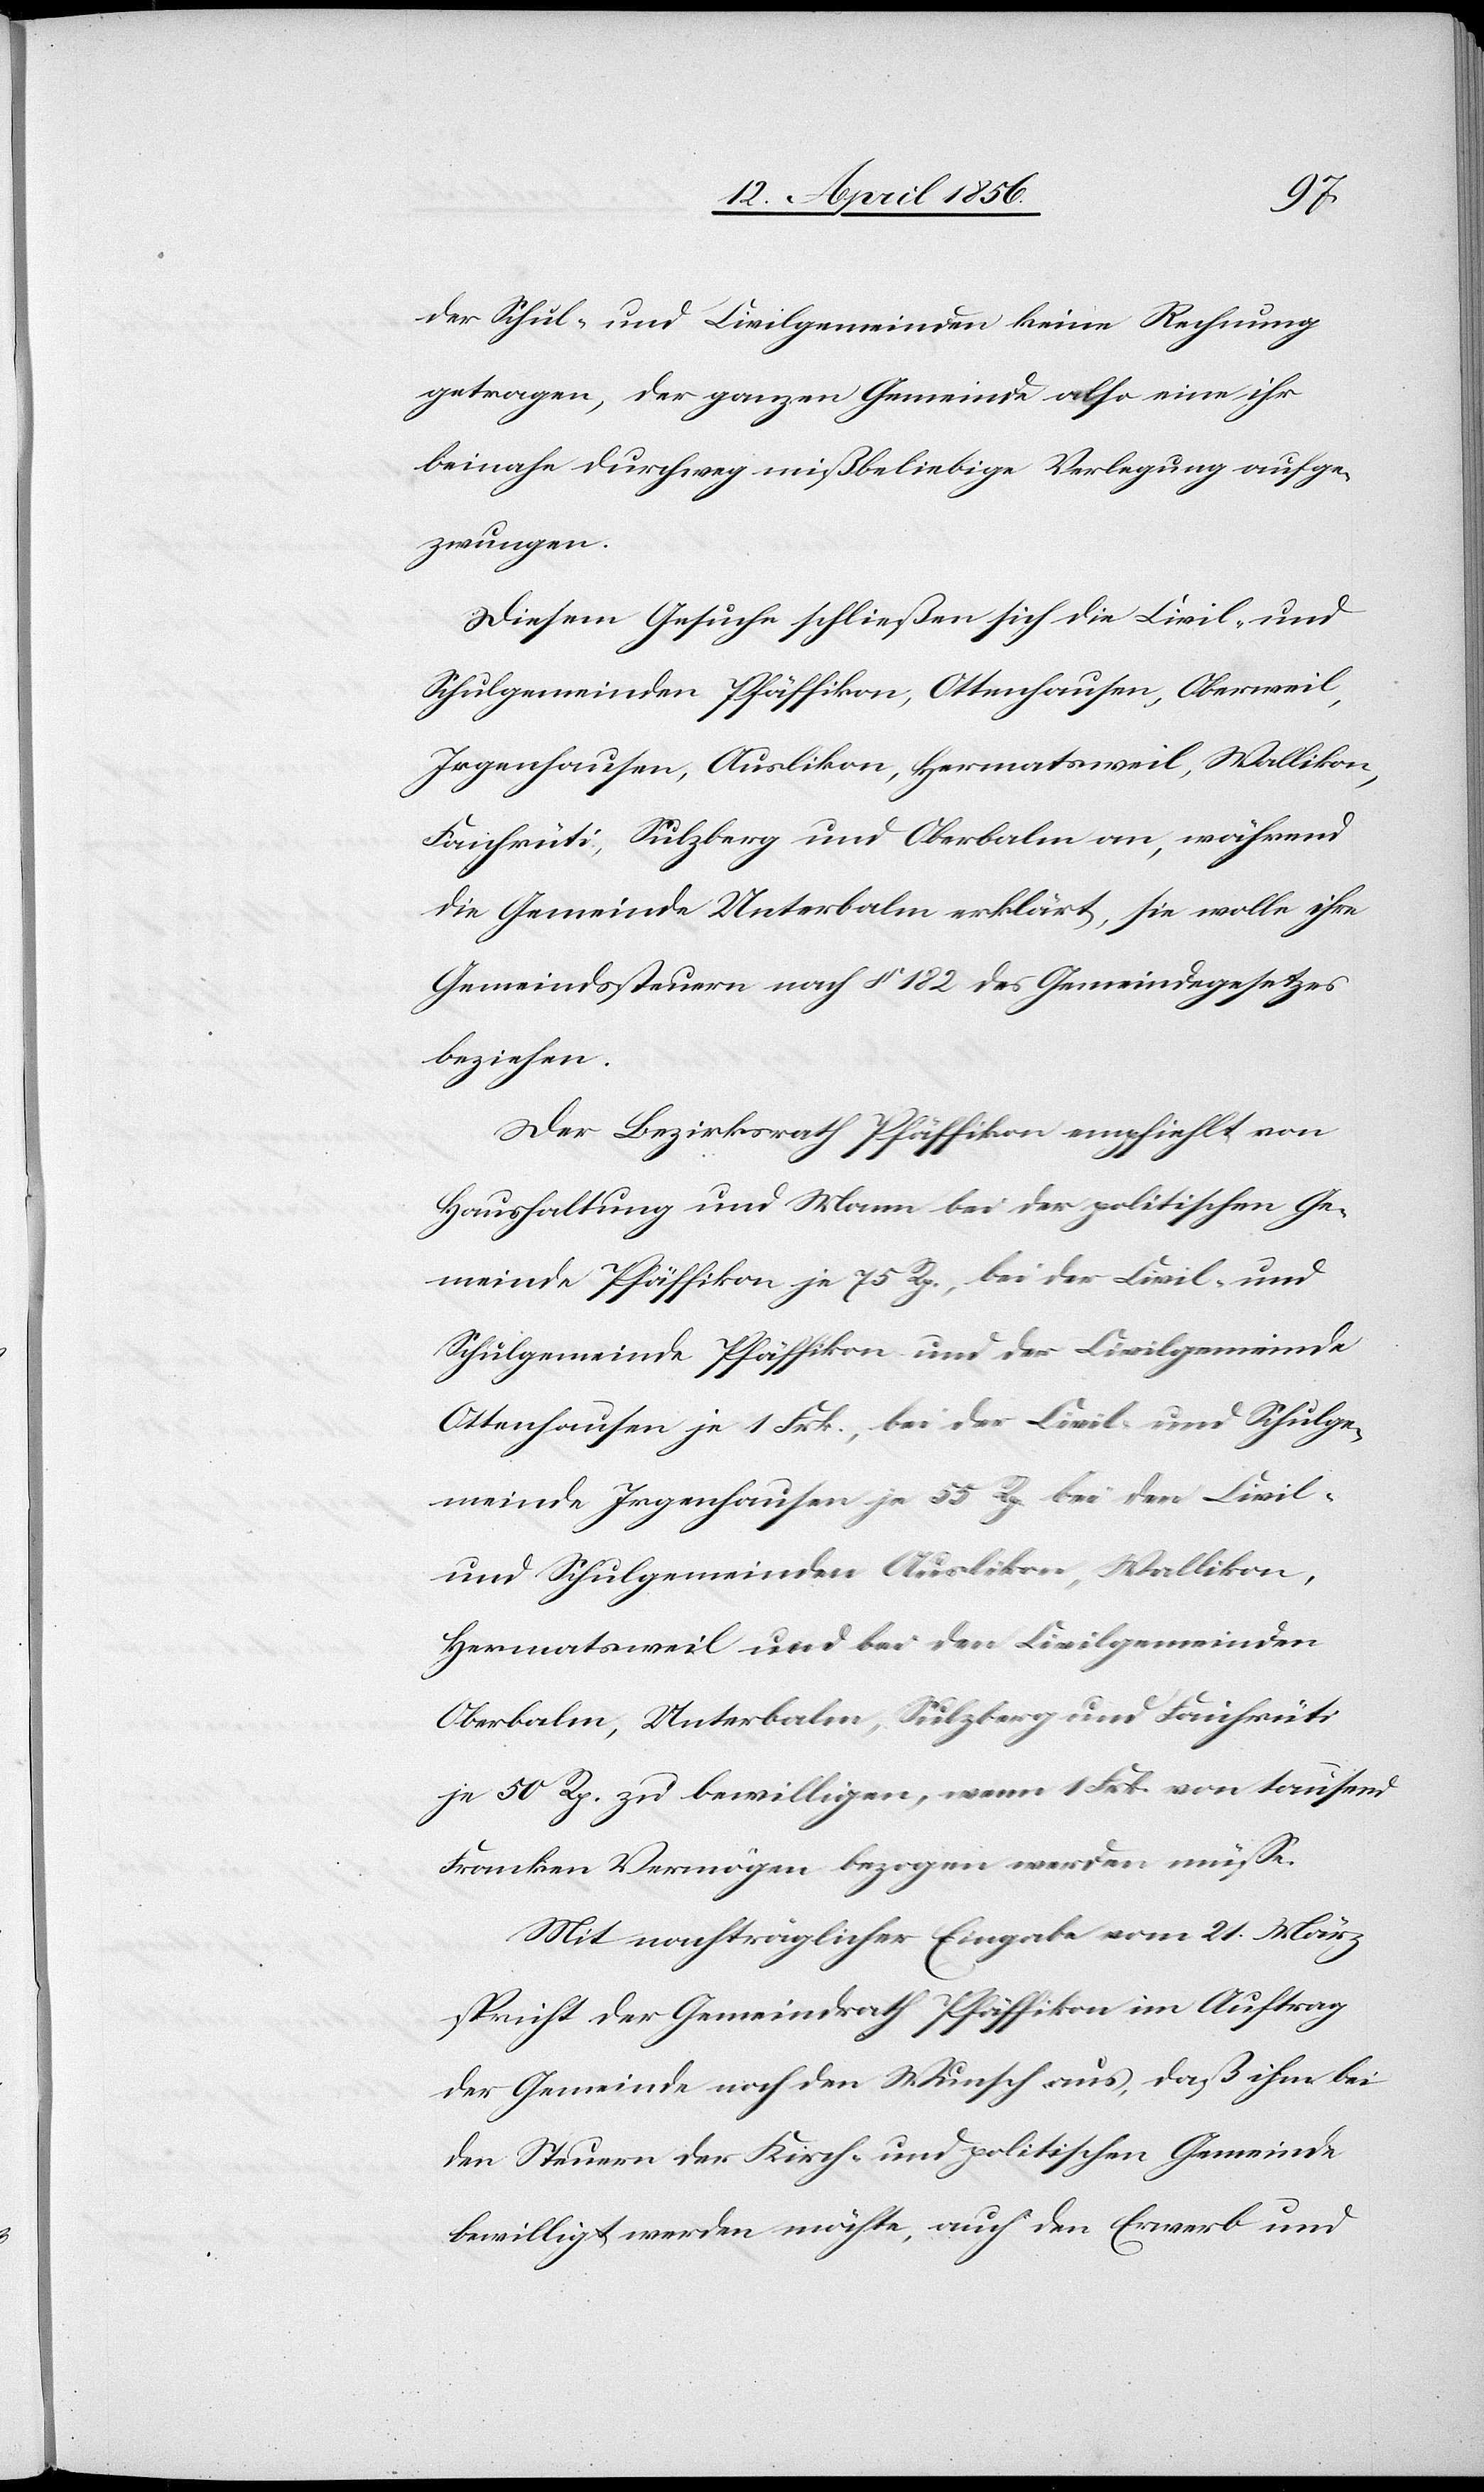
der Schul- und Civilgemeinden keine Rechnung
getragen, der ganzen Gemeinde also eine ihr
beinahe durchweg mißbeliebige Verlegung aufge¬
zwungen.
Diesem Gesuche schließen sich die Civil- und
Schulgemeinden Pfäffikon, Ottenhausen, Oberweil,
Irgenhausen, Auslikon, Hermatsweil, Wallikon,
Faichrüti, Sulzberg und Oberbalm an, während
die Gemeinde Unterbalm erklärt, sie wolle ihre
Gemeindssteuern nach § 182 des Gemeindegesetzes
beziehen.
Der Bezirksrath Pfäffikon empfiehlt von
Haushaltung und Mann bei der politischen Ge¬
meinde Pfäffikon je 75 Rp., bei der Civil- und
Schulgemeinde Pfäffikon und der Civilgemeinde
Ottenhausen je 1 Frk., bei der Civil- und Schulge¬
meinde Irgenhausen je 55 Rp. bei den Civil-
und Schulgemeinden Auslikon, Wallikon,
Hermatsweil und bei den Civilgemeinden
Oberbalm, Unterbalm, Sulzberg und Faichrüti
je 50 Rp. zu bewilligen, wenn 1 Frk. von tausend
Franken Vermögen bezogen werden müsse.
Mit nachträglicher Eingabe vom 21. März
spricht der Gemeindrath Pfäffikon im Auftrag
der Gemeinde noch den Wunsch aus, daß ihm bei
den Steuern der Kirch- und politischen Gemeinde
bewilligt werden möchte, auch den Erwerb und